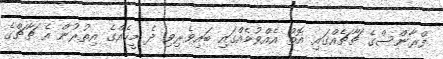
ފްރާންސްގެ ޗާޗެއްގައި އޮތް އެއްވުމެއްގައި ބައިވެރިވި ދެ މީހެއްގެ އިތުރުން އެ ޗާޗްގެ